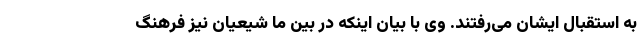
به استقبال ایشان می‌رفتند. وی با بیان اینکه در بین ما شیعیان نیز فرهنگ